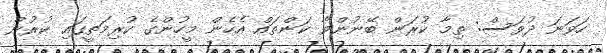
ހަވަނަ ދުވަސް: ތިމާ ކުރަން ބޭނުންވާ ކަންތައް އެހެން މީހުންގެ ކުރިމަތީގައި ކުރުން